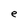
Character: e